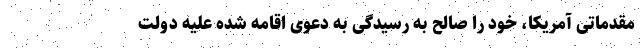
مقدماتی آمریکا، خود را صالح به رسیدگی به دعوی اقامه شده علیه دولت